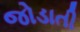
જોડાતી